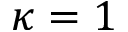
\kappa = 1